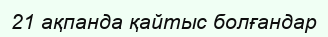
21 ақпанда қайтыс болғандар